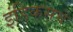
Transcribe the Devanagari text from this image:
इंडिकसचे